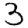
Digit: 3